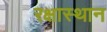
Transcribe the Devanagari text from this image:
रक्षास्थान